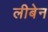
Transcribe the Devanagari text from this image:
लीबेन